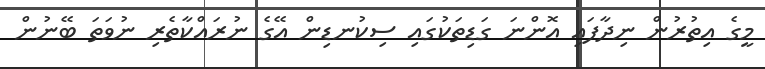
މީގެ އިތުރުން ނިދާފައި އޮންނަ ގަޑިތަކުގައި ސިކުނޑިން އޭގެ ނުރައްކާތެރި ނުވަތަ ބޭނުން